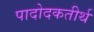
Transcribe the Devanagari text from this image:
पादोदकतीर्थ